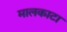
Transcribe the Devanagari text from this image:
मालकाटा